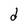
Character: d